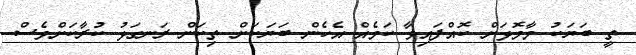
ތީ ބަޔަކު މާމޮޅަށް ކޮއްފައިވާ ކަމެއް އެހެން ބަޔަކަށް ތިކަން ރަނގަޅު ކުރާކަށްވެސް